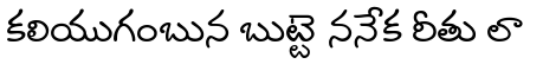
కలియుగంబున బుట్టె ననేక రీతు లా